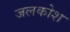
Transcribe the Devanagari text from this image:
जलकोश